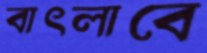
বাৎলাবে